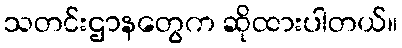
သတင်းဌာနတွေက ဆိုထားပါတယ်။